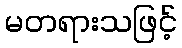
မတရားသဖြင့်